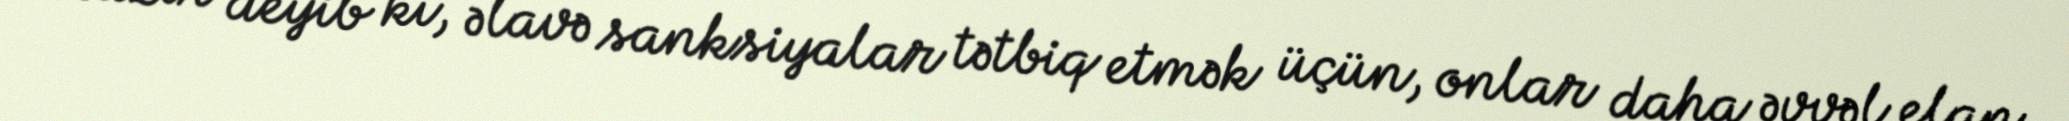
Nazir deyib ki, əlavə sanksiyalar tətbiq etmək üçün, onlar daha əvvəl elan